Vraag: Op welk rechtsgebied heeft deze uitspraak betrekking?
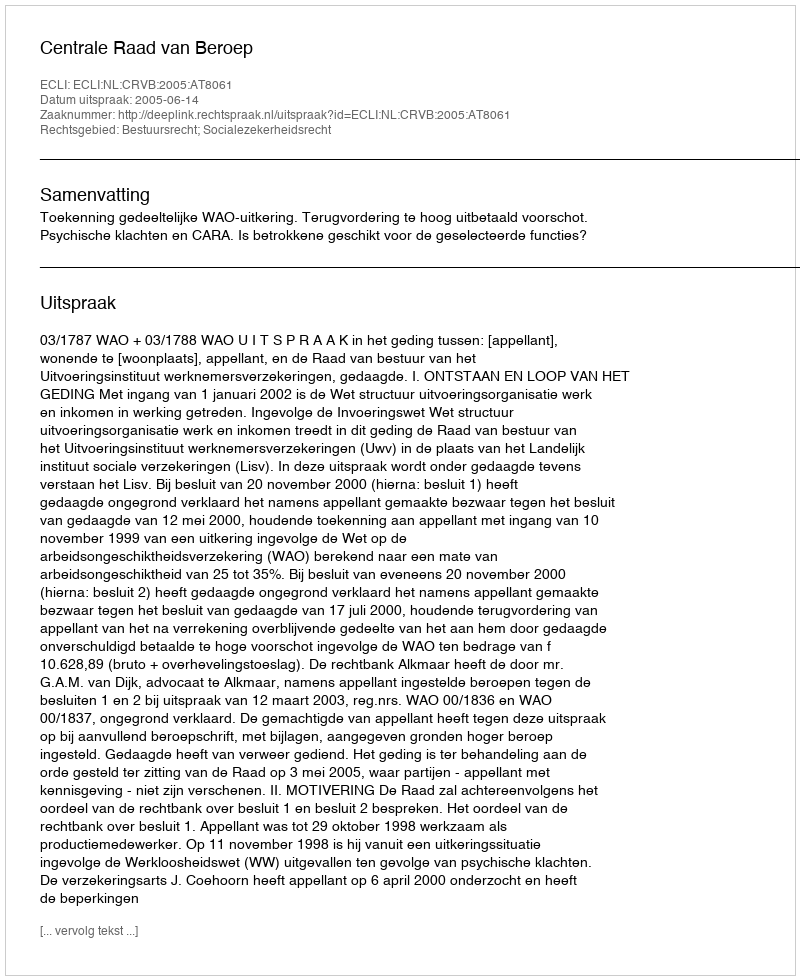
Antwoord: Bestuursrecht; Socialezekerheidsrecht